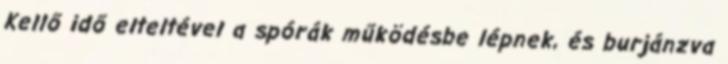
Kellő idő elteltével a spórák működésbe lépnek, és burjánzva